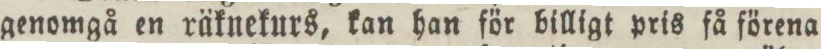
genomgå en räknekurs, kan han för billigt pris få förena